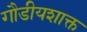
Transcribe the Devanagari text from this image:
गौडीयशाक्त